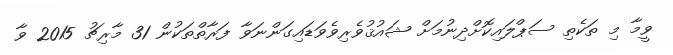
ވީމާ މި ތަކެތި ސަޕްލައިކޮށްދިނުމަށް ޝައުޤުވެރިވެވަޑައިގަންނަވާ ފަރާތްތަކުން 31 މާރިޗު 2015 ވާ